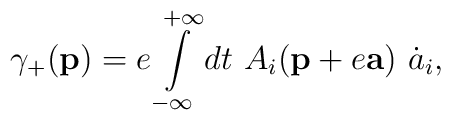
\gamma_{+}({\bf p})=e\int\limits_{-\infty}^{+\infty} dt~A_{i}({\bf p}+e{\bf a}) ~\dot{a}_{i},